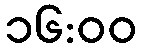
၁၆:၀၀